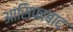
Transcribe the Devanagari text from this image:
आसिफाबाद